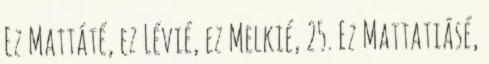
Ez Mattáté, ez Lévié, ez Melkié, 25. Ez Mattatiásé,